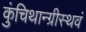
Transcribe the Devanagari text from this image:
कुंचिथान्ग्रीस्थवं